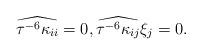
LaTeX: \begin{align*}\widehat{\tau ^{-6}\kappa _{ii}}=0,\widehat{\tau ^{-6}\kappa _{ij}}\xi_{j}=0. \end{align*}